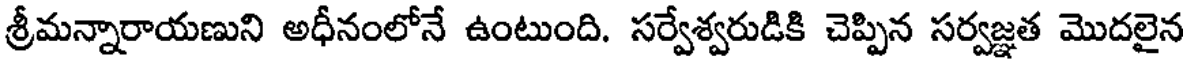
శ్రీమన్నారాయణుని అధీనంలోనే ఉంటుంది. సర్వేశ్వరుడికి చెప్పిన సర్వజ్ఞత మొదలైన